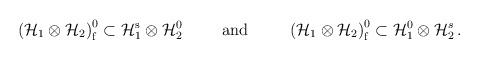
LaTeX: \begin{align*}\left( {\cal H}_1 \otimes {\cal H}_2 \right)_{\mathrm f}^{0} \subset{\cal H}_1^{\mathrm{s}} \otimes {\cal H}_2^{0} \hspace*{1cm}\mbox{and} \hspace*{1cm}\left( {\cal H}_1 \otimes {\cal H}_2 \right)_{\mathrm f}^{0} \subset{\cal H}_1^0 \otimes {\cal H}_2^{s} \,.\end{align*}